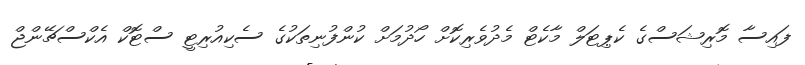
ފައިސާ މޮރިޝަސްގެ ކެޕިޓަލް މާކެޓް މެދުވެރިކޮށް ހޯދުމަށް ކުންފުނިތަކުގެ ސެކިއުރިޓީ ސްޓޮކް އެކްސްޗޭންޖް